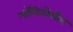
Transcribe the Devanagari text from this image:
ऑलिगोसीन